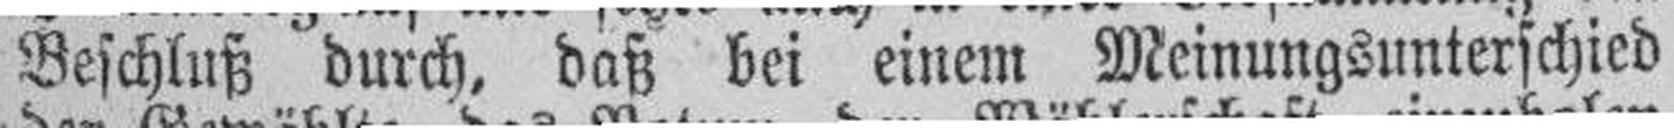
Beschluß durch, daß bei einem Meinungsunterschied